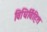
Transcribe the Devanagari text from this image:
विधिर्विहित